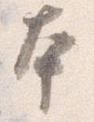
本